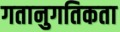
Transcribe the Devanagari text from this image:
गतानुगतिकता